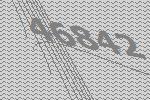
46842